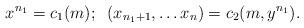
LaTeX: \begin{align*}x^{n_1}=c_1(m);\;\;(x_{n_1+1}, \ldots x_{n}) = c_2(m, y^{n_1}).\end{align*}